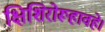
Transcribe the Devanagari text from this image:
क्षिशिरोरूहावहे।